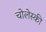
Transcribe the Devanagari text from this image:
चोलेस्की